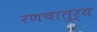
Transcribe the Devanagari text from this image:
रणचातुर्य